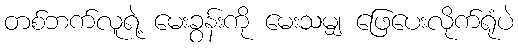
တစ်ဘက်လူရဲ့ မေးခွန်းကို မေးသမျှ ဖြေပေးလိုက်ရုံပဲ